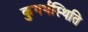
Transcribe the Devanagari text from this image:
कुगर्भस्थिति